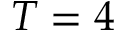
T = 4